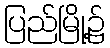
ပြည်မြို့၌